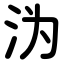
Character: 沩